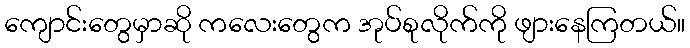
ကျောင်းတွေမှာဆို ကလေးတွေက အုပ်စုလိုက်ကို ဖျားနေကြတယ်။